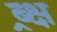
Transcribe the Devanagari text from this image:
ब्र्क्ष